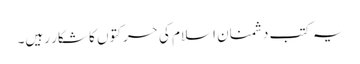
یہ کتب دشمنان اسلام کی حرکتوں کا شکار رہیں۔